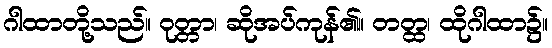
ဂါထာတို့သည်။ ဝုတ္တာ၊ ဆိုအပ်ကုန်၏။ တတ္ထ၊ ထိုဂါထာ၌။